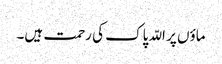
ماؤں پر اللّہ پاک کی رحمت ہیں۔